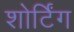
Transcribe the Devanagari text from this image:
शोर्टिंग